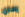
يساري